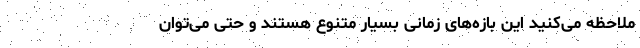
ملاحظه می‌کنید این بازه‌های زمانی بسیار متنوع هستند و حتی می‌توان